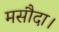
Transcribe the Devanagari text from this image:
मसौदा।